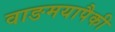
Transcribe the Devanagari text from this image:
वाङमयापैकी